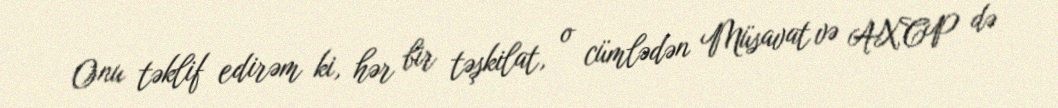
Onu təklif edirəm ki, hər bir təşkilat, o cümlədən Müsavat və AXCP də